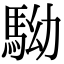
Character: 𩢒